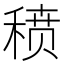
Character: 𬓱